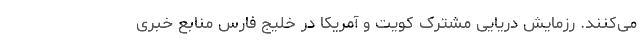
می‌کنند. رزمایش دریایی مشترک کویت و آمریکا در خلیج فارس منابع خبری